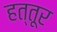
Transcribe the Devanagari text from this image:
हत्तूर